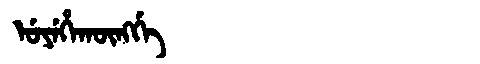
Manchu: ᡠᠶᡝᡥᠠᡴᡡᠩᡤᡝ
Romanization: UYEHAKŪNGGE